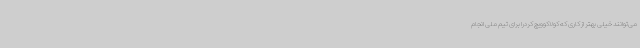
می‌توانند خیلی بهتر از کاری که کولاکوویچ کردرا برای تیم ملی انجام